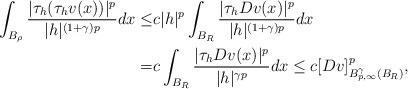
LaTeX: \begin{align*}\displaystyle\int_{B_\rho} \dfrac{|\tau_h(\tau_hv(x))|^{p}}{|h|^{(1+\gamma) p}} dx \leq & c |h|^p \displaystyle\int_{B_R} \dfrac{|\tau_hDv(x)|^{p}}{|h|^{(1+\gamma) p}} dx \\= & c \displaystyle\int_{B_R} \dfrac{|\tau_hDv(x)|^{p}}{|h|^{\gamma p}} dx \le c [Dv]_{B^{\gamma}_{p,\infty}(B_R)}^p,\end{align*}